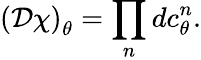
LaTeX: \left({\cal D}\chi\right)_{\theta}=\prod_{n}dc_{\theta}^{n}.